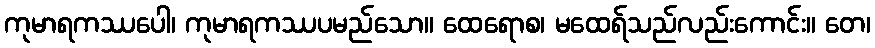
ကုမာရကဿပေါ၊ ကုမာရကဿပမည်သော။ ထေရောစ၊ မထေရ်သည်လည်းကောင်း။ တေ၊